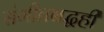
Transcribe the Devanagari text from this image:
संगीतबद्धही